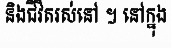
និងជីវិតរស់នៅ ។ នៅក្នុង